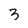
Character: 3